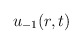
\begin{align*}u_{-1}(r,t)\end{align*}